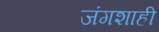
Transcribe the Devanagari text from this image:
जंगशाही